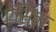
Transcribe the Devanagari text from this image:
ऐसिल